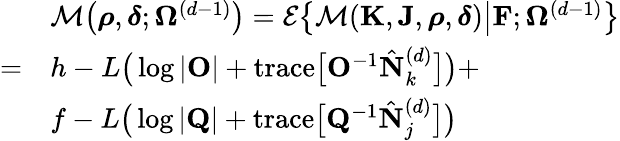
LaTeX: \begin{array}{rl}&{\mathcal{M}\big(\boldsymbol{\rho},\boldsymbol{\delta};\boldsymbol{\Omega}^{(d-1)}\big)=\mathcal{E}\big\{ \mathcal{M}(\mathbf{K},\mathbf{J},\boldsymbol{\rho},\boldsymbol{\delta})\big|\mathbf{F};\boldsymbol{\Omega}^{(d-1)}\big\} }\\ {=}&{h-L\big(\log\vert\mathbf{O}\vert+\mathrm{trace}\big[\mathbf{O}^{-1}\hat{\mathbf{N}}_{k}^{(d)}\big]\big)+}\\ &{f-L\big(\log\vert\mathbf{Q}\vert+\mathrm{trace}\big[\mathbf{Q}^{-1}\hat{\mathbf{N}}_{j}^{(d)}\big]\big)}\end{array}